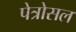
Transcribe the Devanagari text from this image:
पेत्रोसल